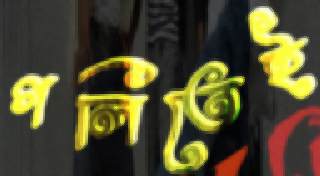
গলিতেই